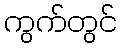
ကွက်တွင်